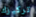
تركيزك